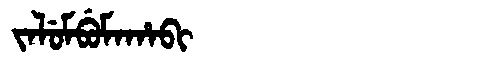
Manchu: ᠵᠠᠯᡠᠮᠪᡠᠮᠠᡥᠠᠪᡳ
Romanization: JALUMBUMAHABI